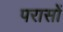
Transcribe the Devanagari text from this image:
परासों